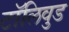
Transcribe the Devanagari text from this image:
टॉलिवुड